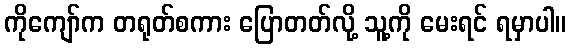
ကိုကျော်က တရုတ်စကား ပြောတတ်လို့ သူ့ကို မေးရင် ရမှာပါ။